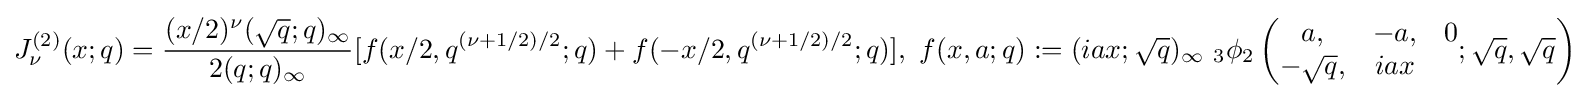
J_{\nu }^{(2)}(x;q)={\frac {(x/2)^{\nu }({\sqrt {q}};q)_{\infty }}{2(q;q)_{\infty }}}[f(x/2,q^{(\nu +1/2)/2};q)+f(-x/2,q^{(\nu +1/2)/2};q)],\ f(x,a;q):=(iax;{\sqrt {q}})_{\infty }\ _{3}\phi _{2}\left({\begin{matrix}a,&-a,&0\\-{\sqrt {q}},&iax\end{matrix}};{\sqrt {q}},{\sqrt {q}}\right)